Civil Veterinary Department. Madras. Admin. report 1910-25 - 1910-1925
Year: 1910
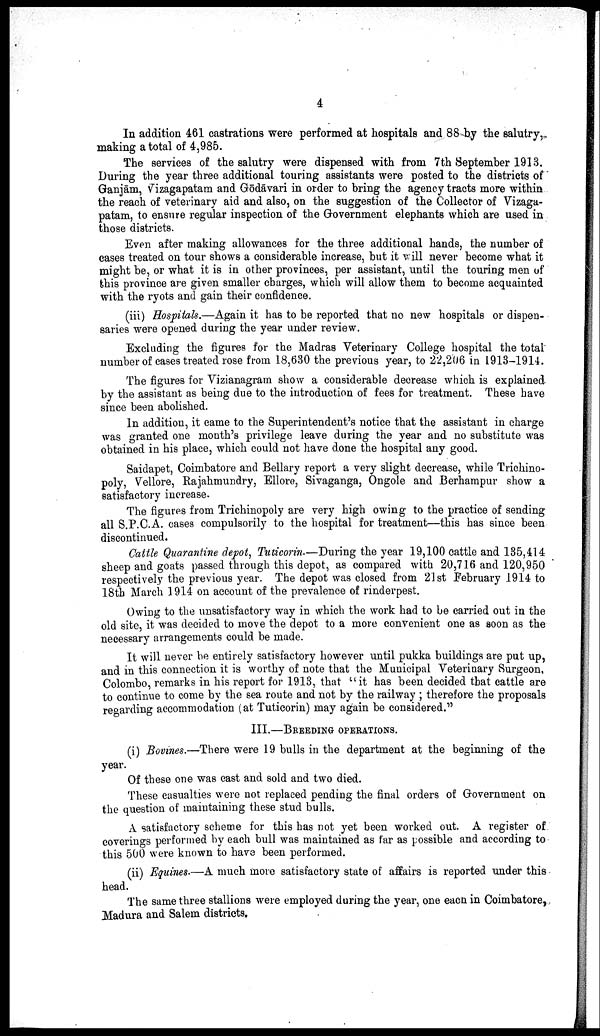
4
In addition 461 castrations were performed at hospitals and 88 by the salutry,
making a total of 4,985.
The services of the salutry were dispensed with from 7th September 1913.
During the year three additional touring assistants were posted to the districts of
Ganjām, Vizagapatam and Gōdāvari in order to bring the agency tracts more within
the reach of veterinary aid and also, on the suggestion of the Collector of Vizaga-
patam, to ensure regular inspection of the Government elephants which are used in
those districts.
Even after making allowances for the three additional hands, the number of
cases treated on tour shows a considerable increase, but it will never become what it
might be, or what it is in other provinces, per assistant, until the touring men of
this province are given smaller charges, which will allow them to become acquainted
with the ryots and gain their confidence.
(iii) Hospitals.—Again it has to be reported that no new hospitals or dispen
saries were opened during the year under review.
Excluding the figures for the Madras Veterinary College hospital the total
number of cases treated rose from 18,630 the previous year, to 22,206 in 1913-1914.
The figures for Vizianagram show a considerable decrease which is explained
by the assistant as being due to the introduction of fees for treatment. These have
since been abolished.
In addition, it came to the Superintendent's notice that the assistant in charge
was granted one month's privilege leave during the year and no substitute was
obtained in his place, which could not have done the hospital any good.
Saidapet, Coimbatore and Bellary report a very slight decrease, while Trichino-
poly, Vellore, Rajahmundry, Ellore, Sivaganga, Ongole and Berhampur show a
satisfactory increase.
The figures from Trichinopoly are very high owing to the practice of sending
all S.P.C.A. cases compulsorily to the hospital for treatment—this has since been
discontinued.
Cattle Quarantine depot, Tuticorin.—During the year 19,100 cattle and 135,414
sheep and goats passed through this depot, as compared with 20,716 and 120,950
respectively the previous year. The depot was closed from 21st February 1914 to
18th March 1914 on account of the prevalence of rinderpest.
Owing to the unsatisfactory way in which the work had to be carried out in the
old site, it was decided to move the depot to a more convenient one as soon as the
necessary arrangements could be made.
It will never be entirely satisfactory however until pukka buildings are put up,
and in this connection it is worthy of note that the Municipal Veterinary Surgeon,
Colombo, remarks in his report for 1913, that "it has been decided that cattle are
to continue to come by the sea route and not by the railway ; therefore the proposals
regarding accommodation (at Tuticorin) may again be considered."
III.—BREEDING OPERATIONS.
(i) Bovines.—There were 19 bulls in the department at the beginning of the
year.
Of these one was cast and sold and two died.
These casualties were not replaced pending the final orders of Government on
the question of maintaining these stud bulls.
A satisfactory scheme for this has not yet been worked out. A register of
coverings performed by each bull was maintained as far as possible and according to
this 500 were known to have been performed.
(ii) Equines.—A much more satisfactory state of affairs is reported under this
head.
The same three stallions were employed during the year, one each in Coimbatore,
Madura and Salem districts.